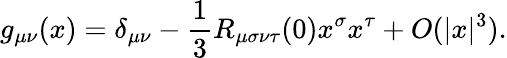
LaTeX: g_{\mu\nu}(x)=\delta_{\mu\nu}-{\frac{1}{3}}R_{\mu\sigma\nu\tau}(0)x^{\sigma}x^{\tau}+O(|x|^{3}).